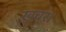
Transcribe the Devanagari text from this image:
ख़बर।